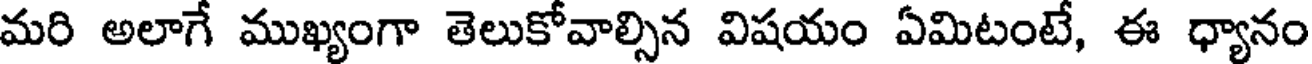
మరి అలాగే ముఖ్యంగా తెలుకోవాల్సిన విషయం ఏమిటంటే, ఈ ధ్యానం